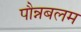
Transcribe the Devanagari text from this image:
पौन्नबलम